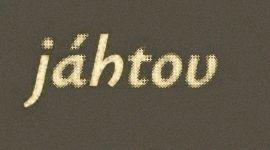
jáhtov